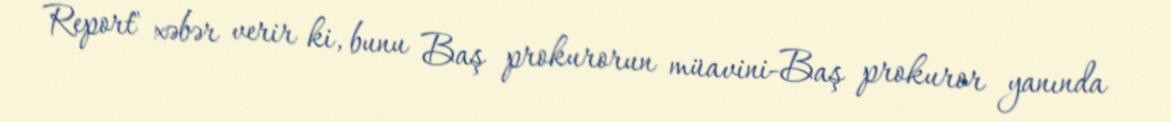
Report" xəbər verir ki, bunu Baş prokurorun müavini-Baş prokuror yanında